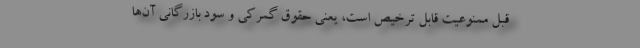
قبل ممنوعیت قابل ترخیص است، یعنی حقوق گمرکی و سود بازرگانی آن‌ها